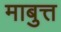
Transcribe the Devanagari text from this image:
माबुत्त